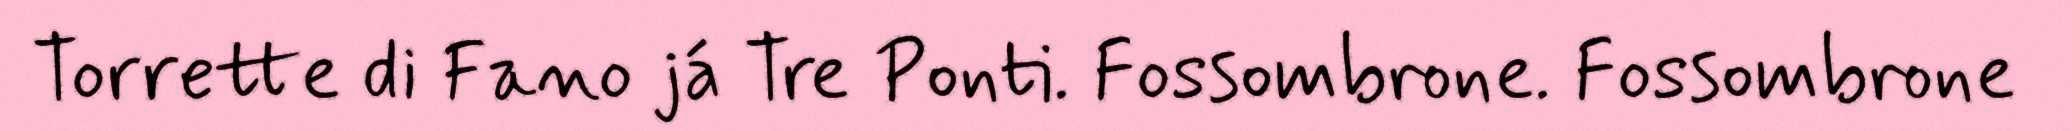
Torrette di Fano já Tre Ponti. Fossombrone. Fossombrone